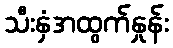
သီးနှံအထွက်နှုန်း